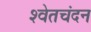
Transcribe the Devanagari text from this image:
श्‍वेतचंदन